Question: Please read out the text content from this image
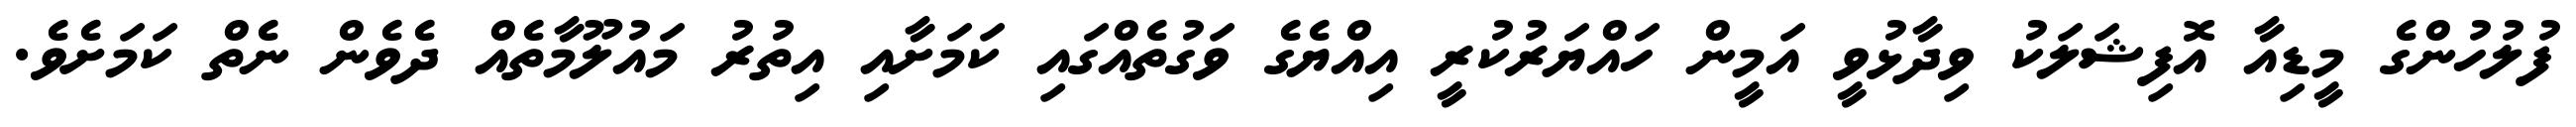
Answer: ފުލުހުންގެ މީޑިއާ އޮފިޝަލަކު ވިދާޅުވީ އަމީން ހައްޔަރުކުރީ އިއްޔެގެ ވަގުތެއްގައި ކަމަށާއި އިތުރު މައުލޫމާތެއް ދެވެން ނެތް ކަމަށެވެ.